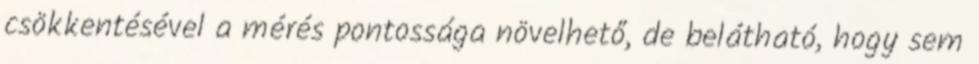
csökkentésével a mérés pontossága növelhető, de belátható, hogy sem